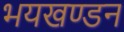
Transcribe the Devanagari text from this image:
भयखण्डन